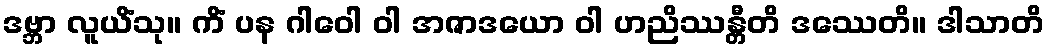
ဒဗ္ဘာ လူယိံသု။ ကိံ ပန ဂါဝေါ ဝါ အဇာဒယော ဝါ ဟညိဿန္တီတိ ဒဿေတိ။ ဒါသာတိ